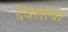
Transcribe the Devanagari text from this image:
देवलांचा